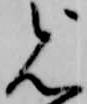
見